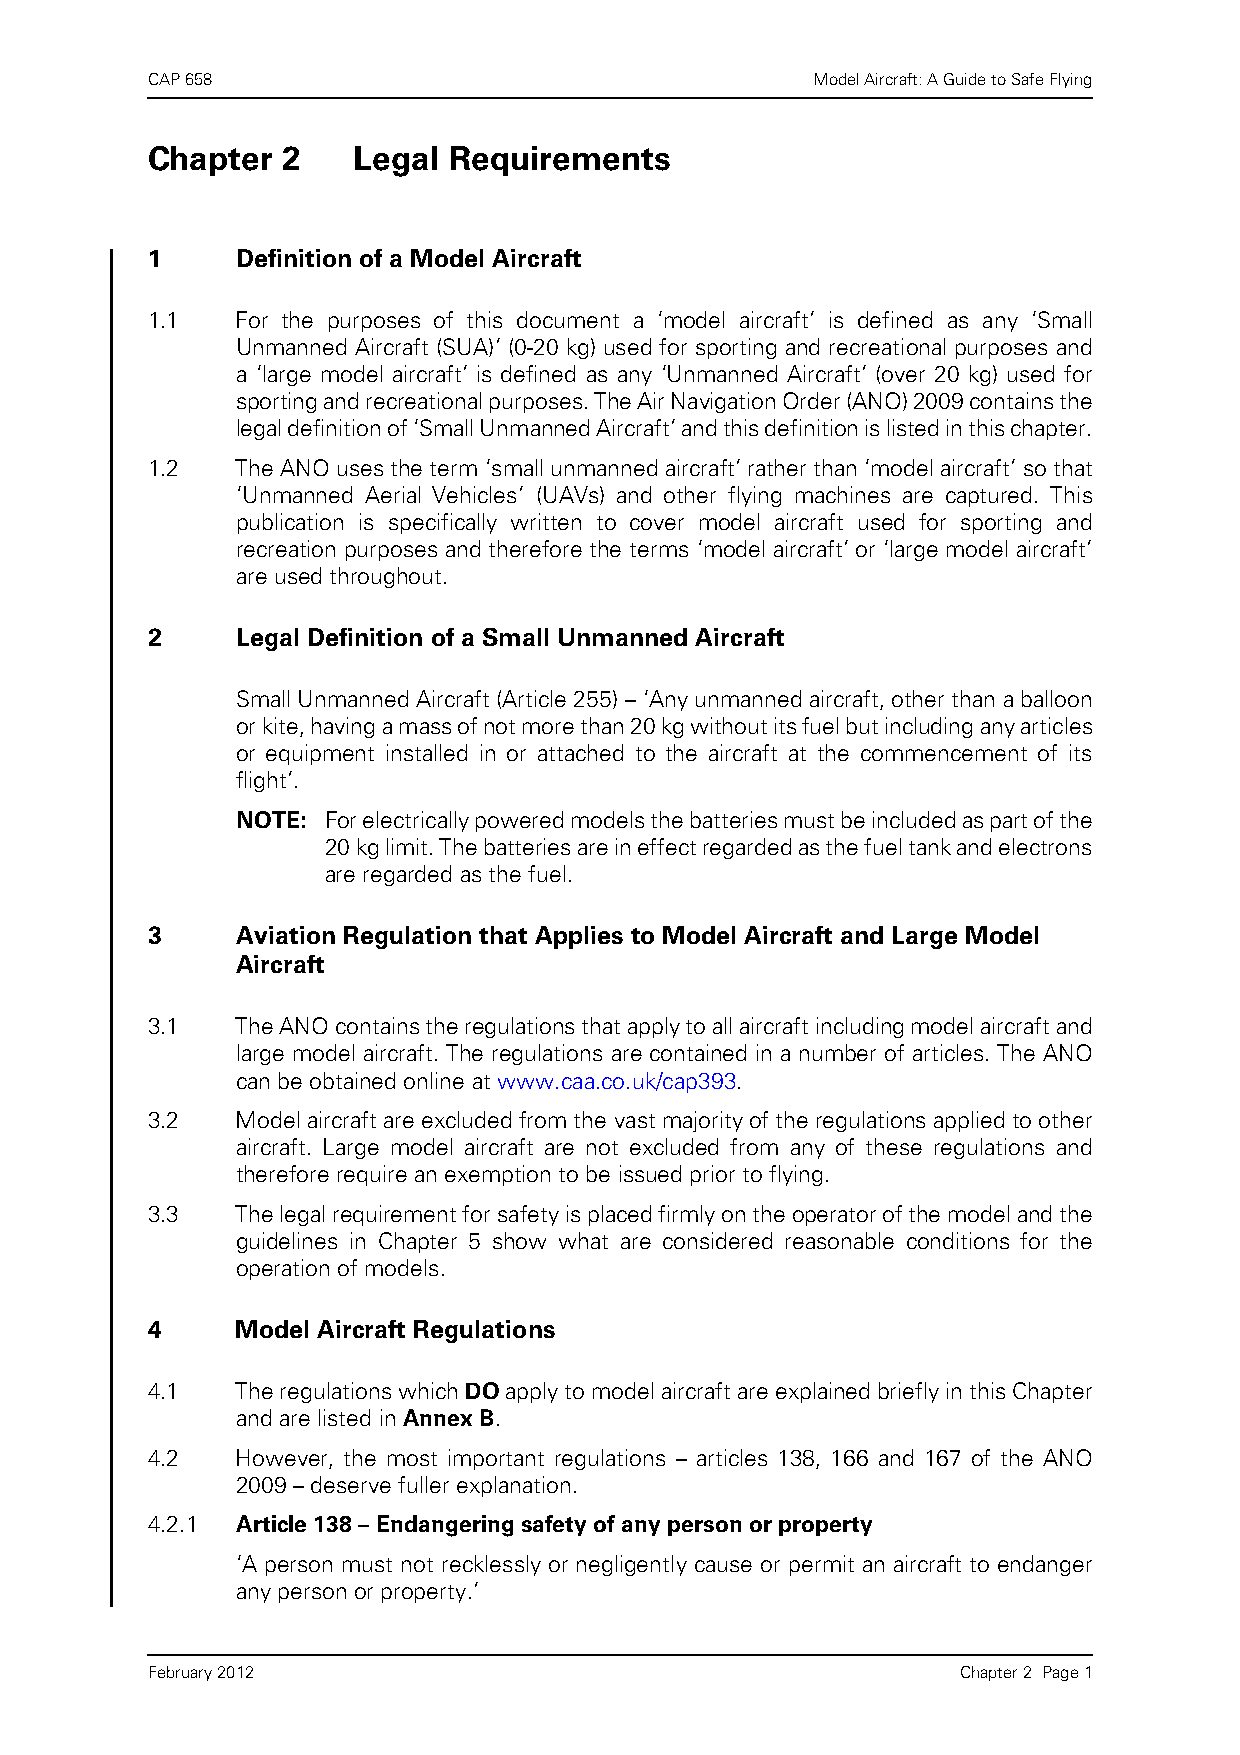
CAP 658                                     Model Aircraft: A Guide to Safe Flying
 Chapter  2   Legal  Requirements
 1     Definition of a Model Aircraft
 1.1   For the purposes of this document a ‘model aircraft’ is defined as any ‘Small
 Unmanned Aircraft (SUA)’ (0-20 kg) used for sporting and recreational purposes and
 a ‘large model aircraft’ is defined as any ‘Unmanned Aircraft’ (over 20 kg) used for
 sporting and recreational purposes. The Air Navigation Order (ANO) 2009 contains the
 legal definition of ‘Small Unmanned Aircraft’ and this definition is listed in this chapter.
 1.2   The ANO uses the term ‘small unmanned aircraft’ rather than ‘model aircraft’ so that
 ‘Unmanned Aerial Vehicles’ (UAVs) and other flying machines are captured. This
 publication is specifically written to cover model aircraft used for sporting and
 recreation purposes and therefore the terms ‘model aircraft’ or ‘large model aircraft’
 are used throughout.
 2     Legal Definition of a Small Unmanned Aircraft
 Small Unmanned Aircraft (Article 255) – ‘Any unmanned aircraft, other than a balloon
 or kite, having a mass of not more than 20 kg without its fuel but including any articles
 or equipment installed in or attached to the aircraft at the commencement of its
 flight’.
 NOTE: For electrically powered models the batteries must be included as part of the
 20 kg limit. The batteries are in effect regarded as the fuel tank and electrons
 are regarded as the fuel.
 3     Aviation Regulation that Applies to Model Aircraft and Large Model
 Aircraft
 3.1   The ANO contains the regulations that apply to all aircraft including model aircraft and
 large model aircraft. The regulations are contained in a number of articles. The ANO
 can be obtained online at www.caa.co.uk/cap393.
 3.2   Model aircraft are excluded from the vast majority of the regulations applied to other
 aircraft. Large model aircraft are not excluded from any of these regulations and
 therefore require an exemption to be issued prior to flying.
 3.3   The legal requirement for safety is placed firmly on the operator of the model and the
 guidelines in Chapter 5 show what are considered reasonable conditions for the
 operation of models.
 4     Model Aircraft Regulations
 4.1   The regulations which DO apply to model aircraft are explained briefly in this Chapter
 and are listed in Annex B.
 4.2   However, the most important regulations – articles 138, 166 and 167 of the ANO
 2009 – deserve fuller explanation.
 4.2.1 Article 138 – Endangering safety of any person or property
 ‘A person must not recklessly or negligently cause or permit an aircraft to endanger
 any person or property.’
 February 2012                                         Chapter 2 Page 1